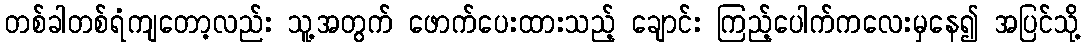
တစ်ခါတစ်ရံကျတော့လည်း သူ့အတွက် ဖောက်ပေးထားသည့် ချောင်း ကြည့်ပေါက်ကလေးမှနေ၍ အပြင်သို့